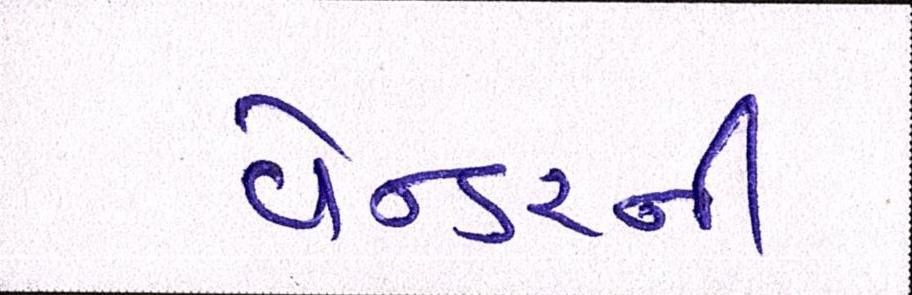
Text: વેન્ડરની